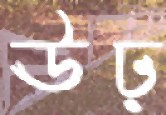
ঊঢ়